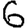
Digit: 6